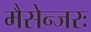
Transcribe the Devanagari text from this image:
मैसेन्जरः